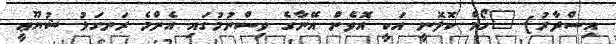
އިސްދާރު] "ހޯމް ކޮލޮނީ އަކީ އޮވެން އޭނާގެ ވިސްނުމުގައި އެންމެ ރަނގަޅު ޝުޔޫޢީ